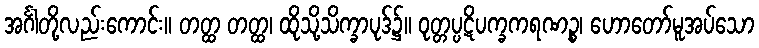
အင်္ဂါတို့လည်းကောင်း။ တတ္ထ တတ္ထ၊ ထိုသို့သိက္ခာပုဒ်၌။ ဝုတ္တပ္ပဋိပက္ခကရဏဉ္စ၊ ဟောတော်မူအပ်သော